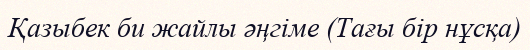
Қазыбек би жайлы әңгіме (Тағы бір нұсқа)